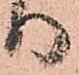
り